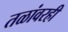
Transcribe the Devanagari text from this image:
तळांवरही